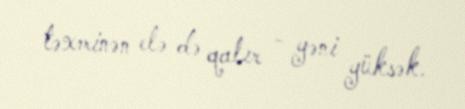
təxminən elə də qalır - yəni yüksək.